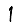
Digit: 1